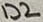
Text: D2